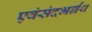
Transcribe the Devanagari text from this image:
एवंसंदभर्ग्रंथ